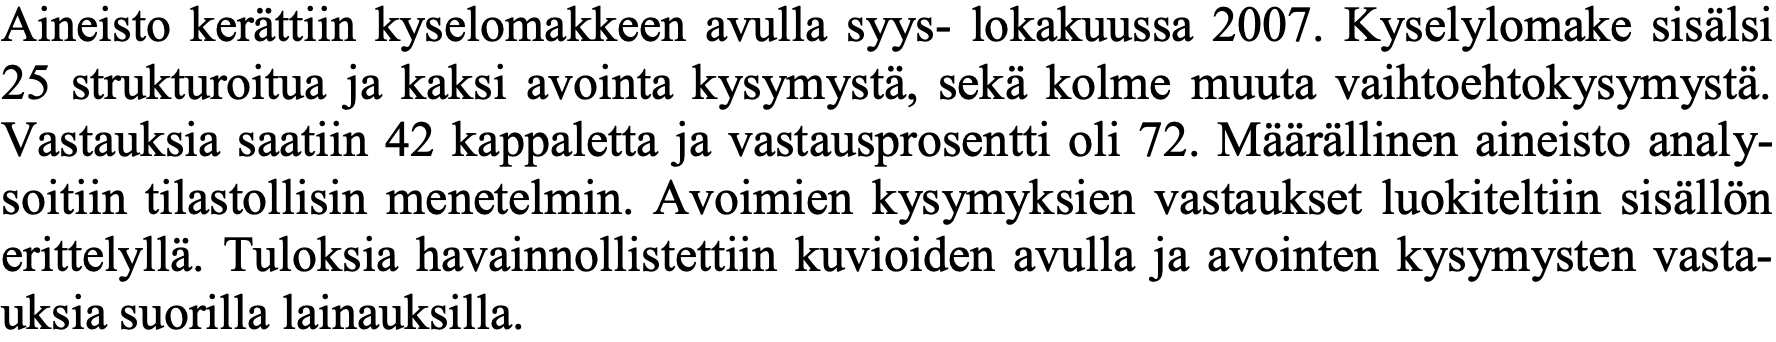
Aineisto kerättiin kyselomakkeen avulla syys- lokakuussa 2007. Kyselylomake sisälsi 25 strukturoitua ja kaksi avointa kysymystä, sekä kolme muuta vaihtoehtokysymystä. Vastauksia saatiin 42 kappaletta ja vastausprosentti oli 72. Määrällinen aineisto analy- soitiin tilastollisin menetelmin. Avoimien kysymyksien vastaukset luokiteltiin sisällön erittelyllä. Tuloksia havainnollistettiin kuvioiden avulla ja avointen kysymysten vasta- uksia suorilla lainauksilla.